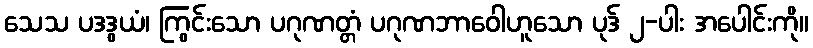
သေသ ပဒဒွယံ၊ ကြွင်းသော ပဂုဏတ္တံ ပဂုဏဘာဝေါဟူသော ပုဒ် ၂-ပါး အပေါင်းကို။